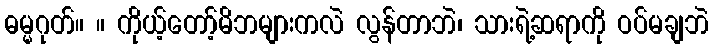
ဓမ္မဂုတ်။ ။ ကိုယ့်တော့်မိဘများကလဲ လွန်တာဘဲ၊ သားရဲ့ဆရာကို ဝပ်မချဘဲ